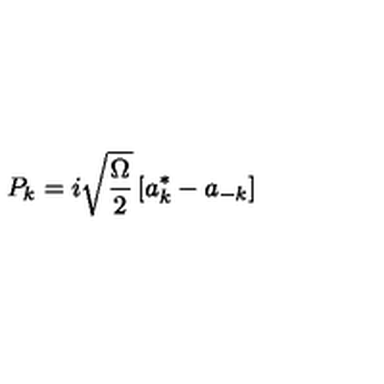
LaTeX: P _ { k } = i \sqrt { \frac \Omega 2 } \left[ a _ { k } ^ { * } - a _ { - k } \right]